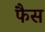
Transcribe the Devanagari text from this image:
फैस